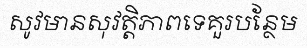
សូវមានសុវត្តិភាពទេគួរបន្ថែម